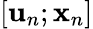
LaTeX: [{\mathbf u}_{n};{\mathbf x}_{n}]